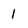
Character: 1